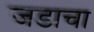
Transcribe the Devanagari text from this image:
जडाचा